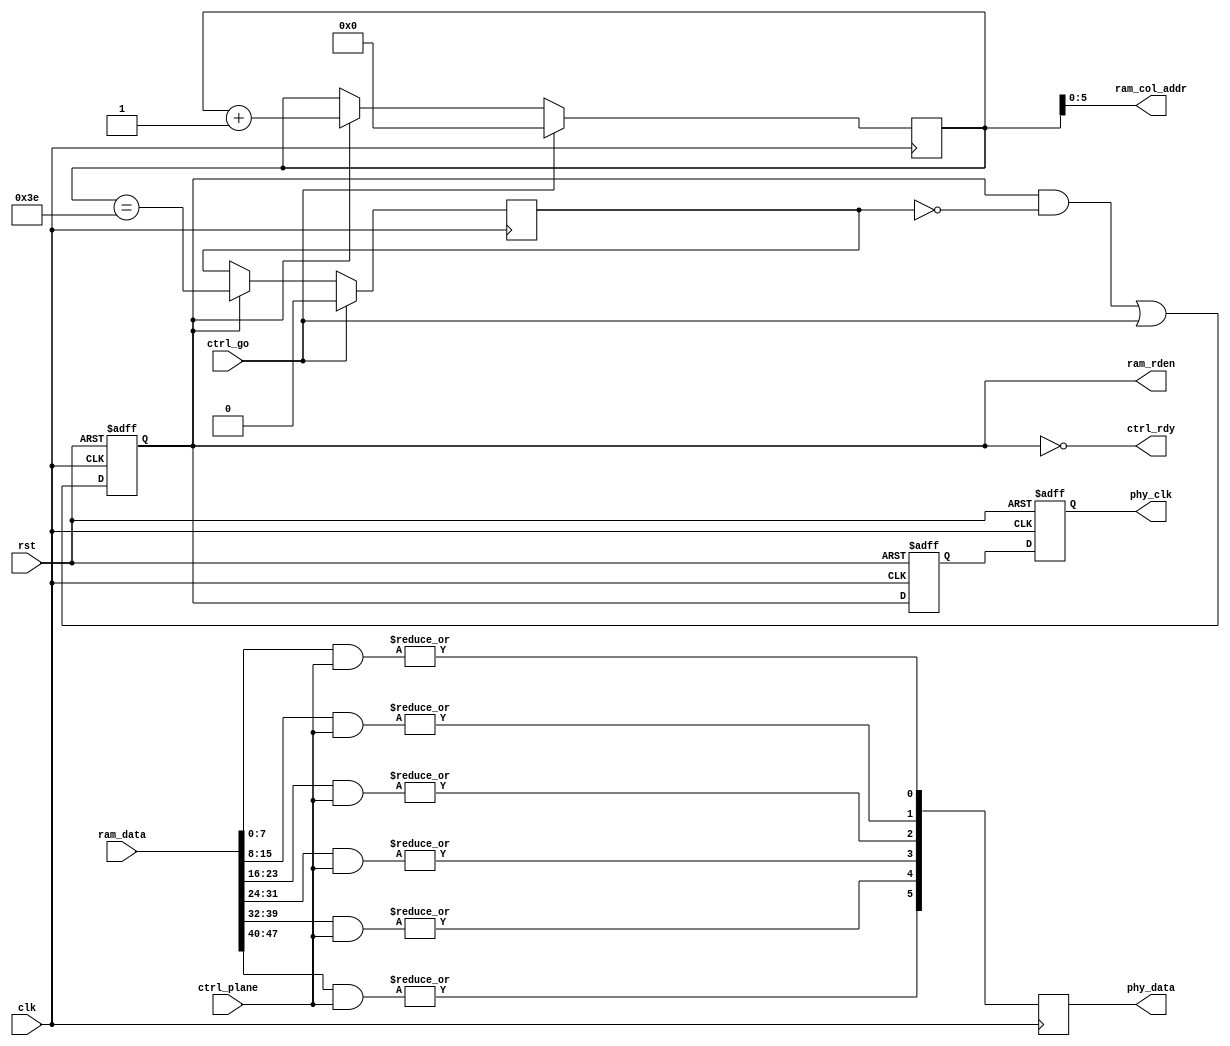
/*
 * hub75_shift.v
 *
 * vim: ts=4 sw=4
 *
 * Copyright (C) 2019  Sylvain Munaut <tnt@246tNt.com>
 * All rights reserved.
 *
 * LGPL v3+, see LICENSE.lgpl3
 *
 * This program is free software; you can redistribute it and/or
 * modify it under the terms of the GNU Lesser General Public
 * License as published by the Free Software Foundation; either
 * version 3 of the License, or (at your option) any later version.
 *
 * This program is distributed in the hope that it will be useful,
 * but WITHOUT ANY WARRANTY; without even the implied warranty of
 * MERCHANTABILITY or FITNESS FOR A PARTICULAR PURPOSE.  See the GNU
 * Lesser General Public License for more details.
 *
 * You should have received a copy of the GNU Lesser General Public License
 * along with this program; if not, write to the Free Software Foundation,
 * Inc., 51 Franklin Street, Fifth Floor, Boston, MA 02110-1301, USA.
 */

`default_nettype none

module hub75_shift #(
	parameter integer N_BANKS  = 2,
	parameter integer N_COLS   = 64,
	parameter integer N_CHANS  = 3,
	parameter integer N_PLANES = 8,

	// Auto-set
	parameter integer SDW         = N_BANKS * N_CHANS,
	parameter integer LOG_N_COLS  = $clog2(N_COLS)
)(
	// PHY
	output wire [SDW-1:0] phy_data,
	output wire phy_clk,

	// RAM interface
	input  wire [(N_BANKS*N_CHANS*N_PLANES)-1:0] ram_data,
	output wire [LOG_N_COLS-1:0] ram_col_addr,
	output wire ram_rden,

	// Control
	input  wire [N_PLANES-1:0] ctrl_plane,
	input  wire ctrl_go,
	output wire ctrl_rdy,

	// Clock / Reset
	input  wire clk,
	input  wire rst
);

	genvar i;

	// Signals
	// -------

	reg active_0;
	reg active_1;
	reg active_2;
	reg [LOG_N_COLS:0] cnt_0;
	reg cnt_last_0;

	wire [SDW-1:0] ram_data_bit;
	reg  [SDW-1:0] data_2;


	// Control logic
	// -------------

	// Active / Valid flag
	always @(posedge clk or posedge rst)
		if (rst) begin
			active_0 <= 1'b0;
			active_1 <= 1'b0;
			active_2 <= 1'b0;
		end else begin
			active_0 <= (active_0 & ~cnt_last_0) | ctrl_go;
			active_1 <= active_0;
			active_2 <= active_1;
		end

	// Counter
	always @(posedge clk)
		if (ctrl_go) begin
			cnt_0 <= 0;
			cnt_last_0 <= 1'b0;
		end else if (active_0) begin
			cnt_0 <= cnt_0 + 1;
			cnt_last_0 <= (cnt_0 == (N_COLS - 2));
		end

	// Ready ?
	assign ctrl_rdy = ~active_0;


	// Data path
	// ---------

	// RAM access
	assign ram_rden = active_0;
	assign ram_col_addr = cnt_0[LOG_N_COLS-1:0];

	// Data plane mux
	generate
		for (i=0; i<SDW; i=i+1)
			assign ram_data_bit[i] = |(ram_data[((i+1)*N_PLANES)-1:i*N_PLANES] & ctrl_plane);
	endgenerate

	// Mux register
	always @(posedge clk)
		data_2 <= ram_data_bit;


	// PHY
	// ---

	assign phy_data = data_2;
	assign phy_clk = active_2;

endmodule // hub75_shift